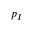
p _ { L }